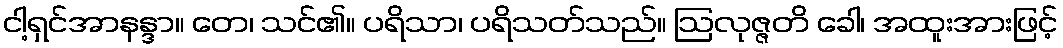
ငါ့ရှင်အာနန္ဒာ။ တေ၊ သင်၏။ ပရိသာ၊ ပရိသတ်သည်။ ဩလုဇ္ဇတိ ခေါ၊ အထူးအားဖြင့်